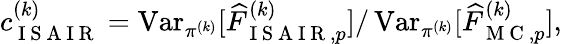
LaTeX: \begin{array}{r}{c_{\mathrm{~I~S~A~I~R~}}^{(k)}=\operatorname{Var}_{\pi^{(k)}}[\widehat{F}_{\mathrm{~I~S~A~I~R~},p}^{(k)}]/\operatorname{Var}_{\pi^{(k)}}[\widehat{F}_{\mathrm{~M~C~},p}^{(k)}],}\end{array}